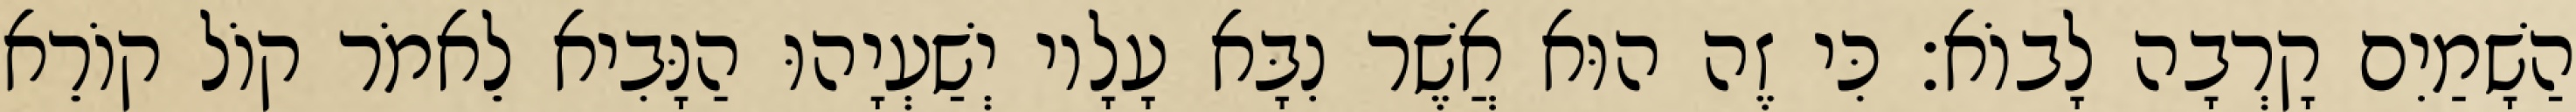
הַשָׁמַיִם קָרְבָה לָבוֹא׃ כִּי זֶה הוּא אֲשֶׁר נִבָּא עָלָיו יְשַׁעְיָהוּ הַנָּבִיא לֵאמֹר קוֹל קוֹרֵא